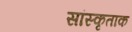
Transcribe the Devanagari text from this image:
सांस्कृताक